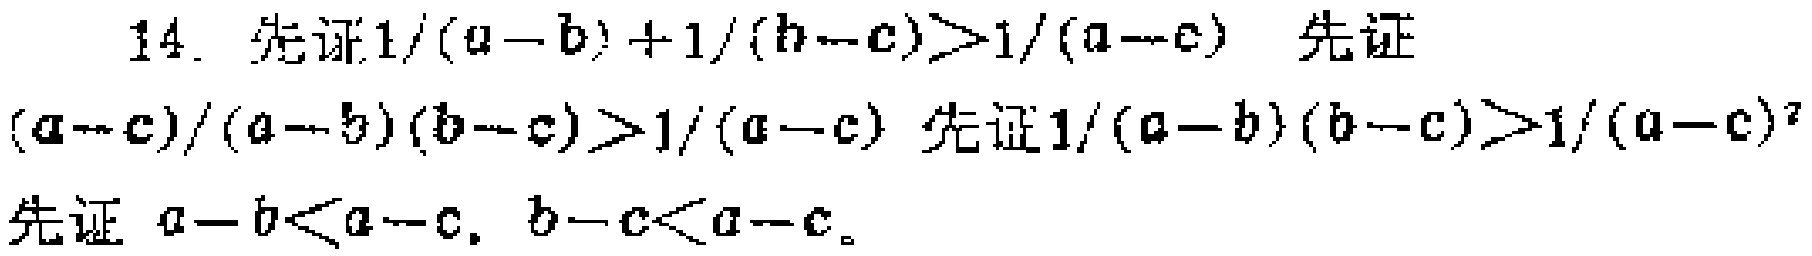
14. 先证\(\frac{1}{a - b}+\frac{1}{b - c}>\frac{1}{a - c}\) 先证\(\frac{a - c}{(a - b)(b - c)}>\frac{1}{a - c}\) 先证\(\frac{1}{(a - b)(b - c)}>\frac{1}{(a - c)^2}\) 先证 \(a - b<a - c,\ b - c<a - c\)。